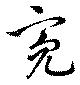
亮